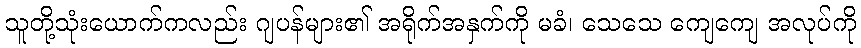
သူတို့သုံးယောက်ကလည်း ဂျပန်များ၏ အရိုက်အနှက်ကို မခံ၊ သေသေ ကျေကျေ အလုပ်ကို